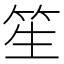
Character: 笙